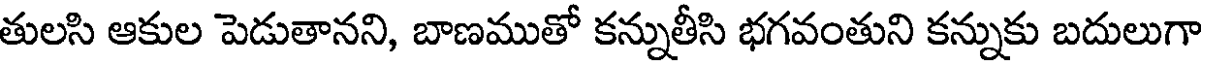
తులసి ఆకుల పెడుతానని, బాణముతో కన్నుతీసి భగవంతుని కన్నుకు బదులుగా